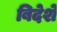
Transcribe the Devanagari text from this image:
बिदेशे